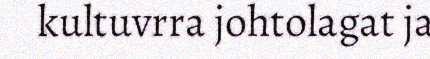
kultuvrra johtolagat ja